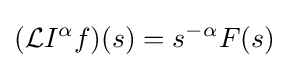
({\mathcal {L}}I^{\alpha }f)(s)=s^{-\alpha }F(s)